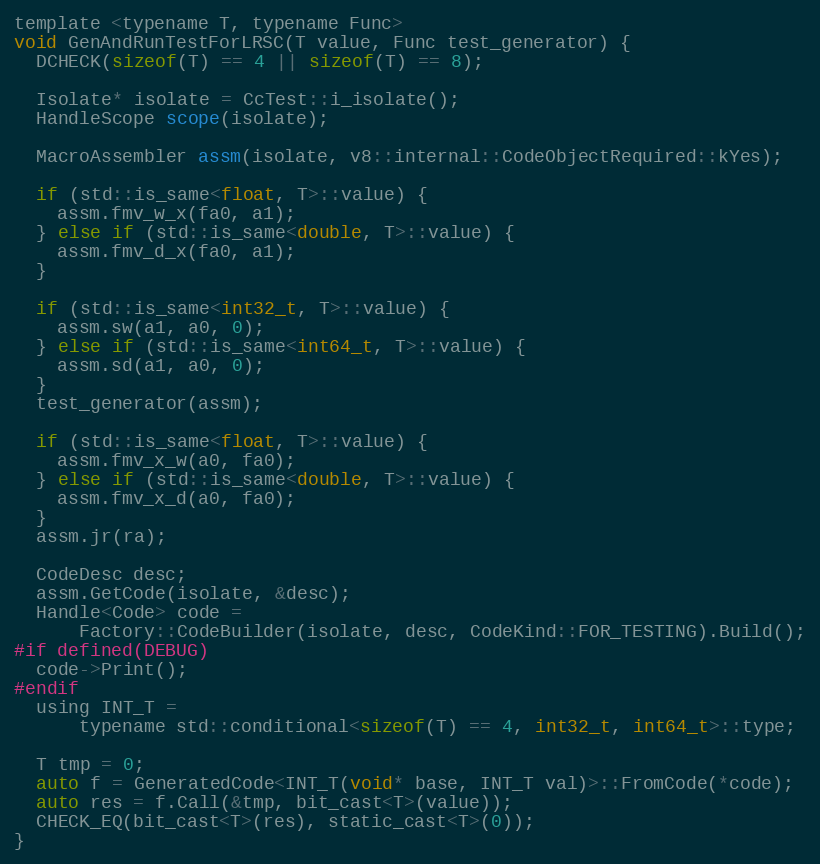
Language: C
template <typename T, typename Func>
void GenAndRunTestForLRSC(T value, Func test_generator) {
  DCHECK(sizeof(T) == 4 || sizeof(T) == 8);

  Isolate* isolate = CcTest::i_isolate();
  HandleScope scope(isolate);

  MacroAssembler assm(isolate, v8::internal::CodeObjectRequired::kYes);

  if (std::is_same<float, T>::value) {
    assm.fmv_w_x(fa0, a1);
  } else if (std::is_same<double, T>::value) {
    assm.fmv_d_x(fa0, a1);
  }

  if (std::is_same<int32_t, T>::value) {
    assm.sw(a1, a0, 0);
  } else if (std::is_same<int64_t, T>::value) {
    assm.sd(a1, a0, 0);
  }
  test_generator(assm);

  if (std::is_same<float, T>::value) {
    assm.fmv_x_w(a0, fa0);
  } else if (std::is_same<double, T>::value) {
    assm.fmv_x_d(a0, fa0);
  }
  assm.jr(ra);

  CodeDesc desc;
  assm.GetCode(isolate, &desc);
  Handle<Code> code =
      Factory::CodeBuilder(isolate, desc, CodeKind::FOR_TESTING).Build();
#if defined(DEBUG)
  code->Print();
#endif
  using INT_T =
      typename std::conditional<sizeof(T) == 4, int32_t, int64_t>::type;

  T tmp = 0;
  auto f = GeneratedCode<INT_T(void* base, INT_T val)>::FromCode(*code);
  auto res = f.Call(&tmp, bit_cast<T>(value));
  CHECK_EQ(bit_cast<T>(res), static_cast<T>(0));
}